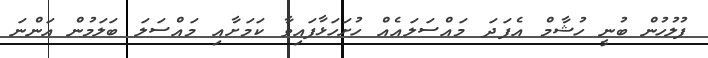
ފުލުހުން ބުނީ ހުޝާމް އެފަދަ މައްސަލައެއް ހުށަހަޅާފައިވާ ކަމަށާއި މައްސަލަ ބަލަމުން އަންނަ